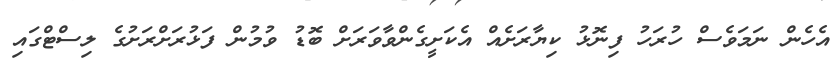
އެހެން ނަމަވެސް ހުރަހު ފިނޮޅު ކިޔާރަށެއް އެކަށީގެންވާވަރަށް ބޮޑު ވުމުން ފަޅުރަށްރަށުގެ ލިސްޓްގައި